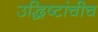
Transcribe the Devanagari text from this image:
उद्धिष्टांचीच